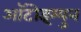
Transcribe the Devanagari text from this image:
आॅटोइम्युन